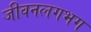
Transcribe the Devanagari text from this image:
जीवनलगभग